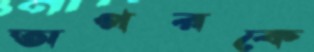
অপরকে